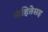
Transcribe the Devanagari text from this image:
संहितेसह